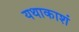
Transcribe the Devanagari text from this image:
यथाकाशं